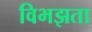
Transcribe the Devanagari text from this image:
विभझता